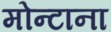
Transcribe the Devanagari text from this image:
मोन्‍टाना